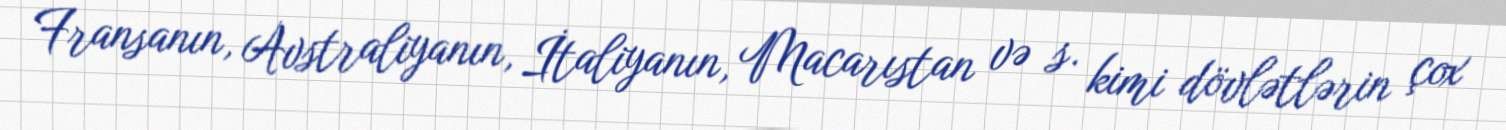
Fransanın, Avstraliyanın, İtaliyanın, Macarıstan və s. kimi dövlətlərin çox